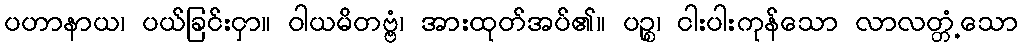
ပဟာနာယ၊ ပယ်ခြင်းငှာ။ ဝါယမိတဗ္ဗံ၊ အားထုတ်အပ်၏။ ပဉ္စ၊ ငါးပါးကုန်သော လာလတ္တံ့သော